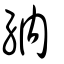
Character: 納